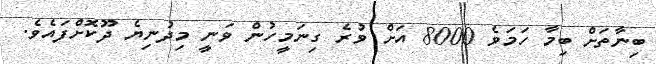
ބިނާތަށް ބިމާ ހަމަވެ 8000 އަށް ވުރެ ގިނަމީހުން ވަނީ މިދުނިޔެ ދޫކޮށްފައެވެ.